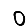
Digit: 0